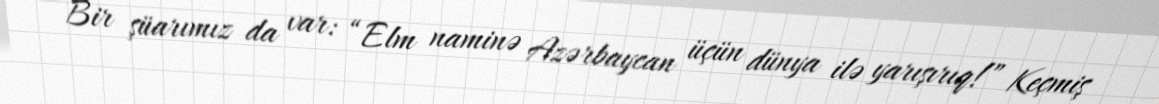
Bir şüarımız da var: “Elm naminə Azərbaycan üçün dünya ilə yarışırıq!” Keçmiş